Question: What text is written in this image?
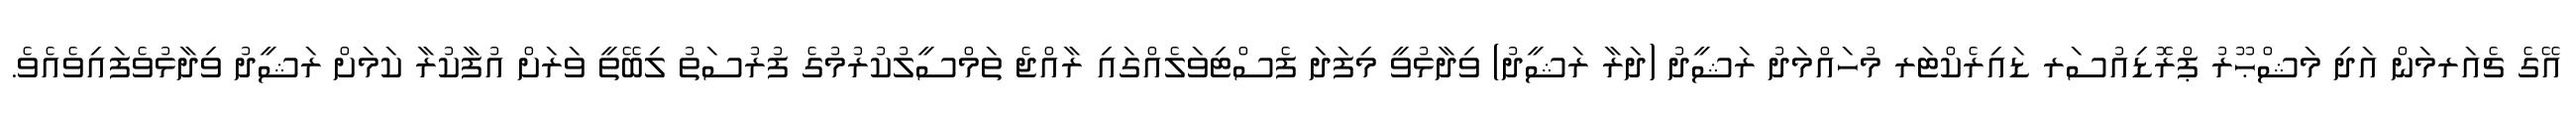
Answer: އޭގެ ޗެއަރމަން އަދި މަޝްޙޫރު ޕްރޮޑިއުސަރ ޑައިރެކްޓަރ މުހައްމަދު ރަޝީދު (ދަރާ ރަޝީދު) ވިދާޅުވީ މިފަދަ ފެސްޓިވަލެއްގައި ރާއްޖެ ތަމްސީލުކުރުމުގެ ފުރުސަތު ލިބޭތީ ވަރަށް އުފާކުރާ ކަމަށް ރަޝީދު ވިދާޅުވެފައިވެއެވެ.